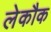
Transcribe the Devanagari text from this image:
लेकौक